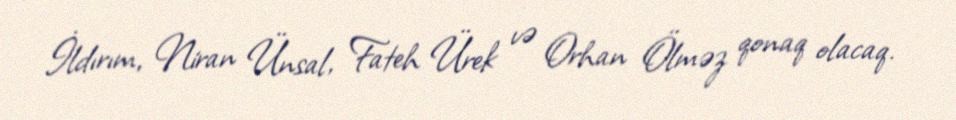
İldırım, Niran Ünsal, Fateh Ürek və Orhan Ölməz qonaq olacaq.